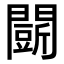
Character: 𮤟